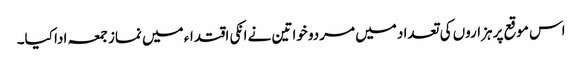
اس موقع پر ہزاروں کی تعداد میں مردو خواتین نے انکی اقتداء میں نماز جمعہ ادا کیا۔